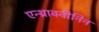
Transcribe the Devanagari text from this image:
एन्थ्राक्वीनिन